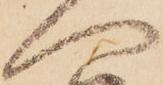
へ